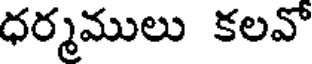
ధర్మములు కలవో